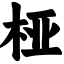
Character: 桠